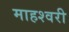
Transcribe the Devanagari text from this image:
माहश्वरी